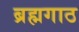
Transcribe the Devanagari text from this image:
ब्रह्मगाठ